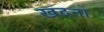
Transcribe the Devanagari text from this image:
खदना